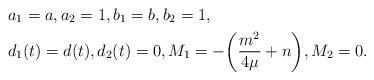
LaTeX: \begin{align*}&a_1=a,a_2=1,b_1=b,b_2=1,\\&d_1(t)=d(t),d_2(t)=0,M_1=-\bigg(\frac{m^2}{4\mu}+n\bigg),M_2=0.\end{align*}